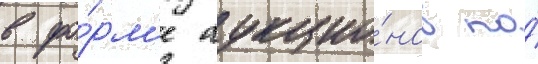
в фо́рм'е аукцио́нов по́